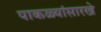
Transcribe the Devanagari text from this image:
पाकळ्यांसारखे